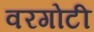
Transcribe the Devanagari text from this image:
वरगोटी